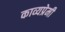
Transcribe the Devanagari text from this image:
काव्यप्रेमी